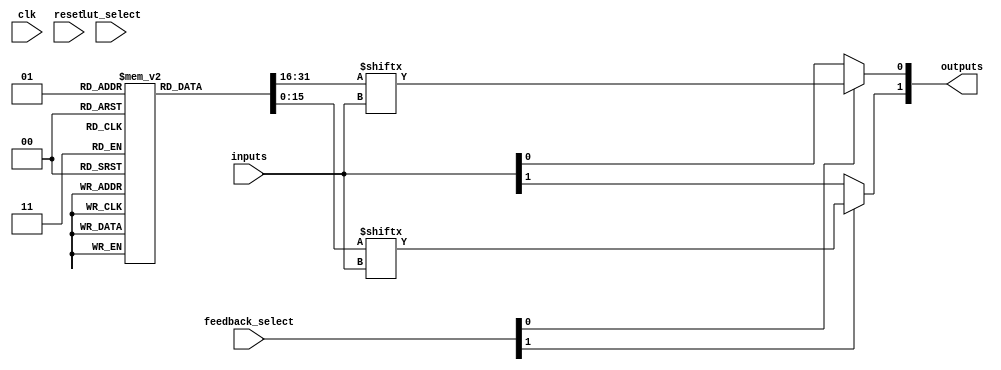
module CLB #(
    parameter N_INPUTS = 4,
    parameter N_LUTS = 2,
    parameter N_OUTPUTS = 2
)(
    input wire [N_INPUTS-1:0] inputs,               // Input lines
    input wire [N_LUTS-1:0] lut_select,            // LUT selection signals
    input wire [N_OUTPUTS-1:0] feedback_select,    // Feedback selection signals
    output wire [N_OUTPUTS-1:0] outputs,           // Output lines
    input wire clk,                                  // Global clock signal
    input wire reset                                 // Global reset signal
);

// LUT Configuration - User defined truth tables can be added here.
reg [15:0] lut [0:N_LUTS-1]; // Assuming 4-input LUTs (2^4 = 16 entries)

// Example configuration for LUTs (truth tables)
initial begin
    // LUT 0: AND operation
    lut[0] = 16'b0000000000000000; // 0 for all combinations
    lut[0][3] = 1; // 1 for 1111
    lut[0][7] = 1; // 1 for 0111
    lut[0][11] = 1; // 1 for 1011
    lut[0][15] = 1; // 1 for 1111

    // LUT 1: XOR operation
    lut[1] = 16'b0000000001111111; // 1 for odd number of 1s
end

// Internal signals for LUT outputs
wire [N_LUTS-1:0] lut_outputs;

// LUT Logic
genvar i;
generate
    for(i = 0; i < N_LUTS; i = i + 1) begin : lut_logic
        assign lut_outputs[i] = lut[i][{inputs[3], inputs[2], inputs[1], inputs[0]}];
    end
endgenerate

// MUX for Output Selection
generate
    for(i = 0; i < N_OUTPUTS; i = i + 1) begin : output_select
        assign outputs[i] = (feedback_select[i]) ? lut_outputs[i] : inputs[i];
    end
endgenerate

// Feedback Mechanism
always @(posedge clk or posedge reset) begin
    if (reset) begin
        // Logic to reset feedback paths if necessary
    end else begin
        // Logic to handle feedback based on outputs (if needed)
    end
end

endmodule